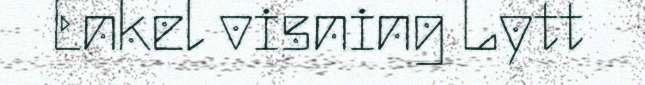
Enkel visning Lytt